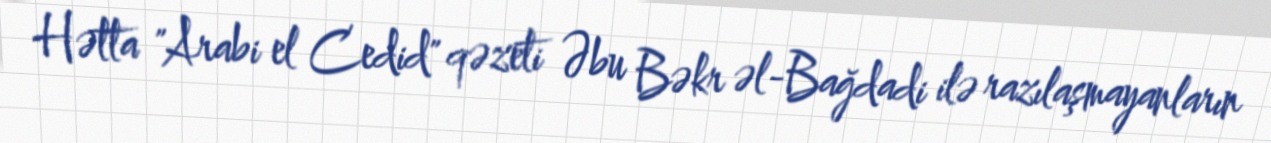
Hətta "Arabi el Cedid" qəzeti Əbu Bəkr əl-Bağdadi ilə razılaşmayanların